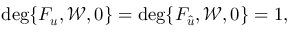
\mathrm { d e g } \{ F _ { \boldsymbol { u } } , \mathcal { W } , \boldsymbol { 0 } \} = \mathrm { d e g } \{ F _ { \hat { \boldsymbol { u } } } , \mathcal { W } , \boldsymbol { 0 } \} = 1 ,